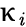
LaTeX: \upkappa_{\mathit{i}}